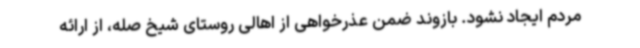
مردم ایجاد نشود. بازوند ضمن عذرخواهی از اهالی روستای شیخ صله، از ارائه